Lunatic asylums Madras 1892-1911 - 1892-1911
Year: 1892
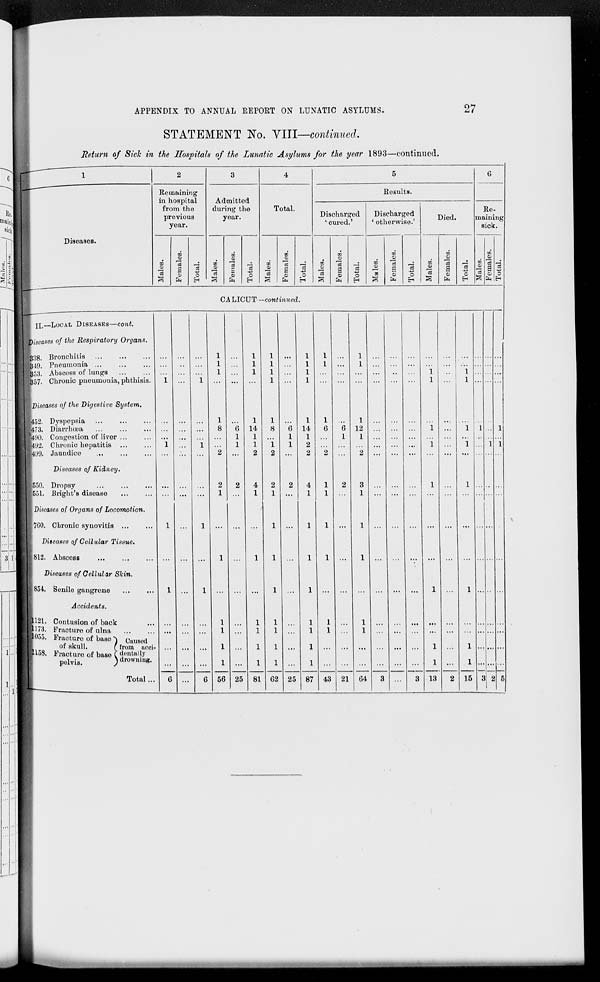
27
APPENDIX TO ANNUAL REPORT ON LUNATIC ASYLUMS.
STATEMENT No. VIII—continued.
Return of Sick in the Hospitals of the Lunatic Asylums for the year 1893—continued.
1
Diseases.
2
Remaining
in hospital
from the
previous
year.
Males.
Females.
Total.
3
Admitted
during the
year.
Males.
Females.
Total.
4
Total.
Males.
Females.
Total.
5
Results.
Discharged
'cured.'
Males.
Females.
Total.
Discharged
'otherwise.'
Males.
Females.
Total.
Died.
Males.
Females.
Total.
6
Re-
maining
sick.
Males.
Females.
Total.
CALICUT -continued.
II—LOCAL DISEASES—cont.
Diseases of the Respiratory
Organs.
338. Bronchitis ... ... ...
349. Pneumonia ... ... ...
353. Abscess of lungs
...
...
357. Chronic pneumonia, phthisis.
Diseases of the Digestive System.
452. Dyspepsia ... ... ...
473. Diarrhœa ... ... ...
490. Congestion of liver ... ...
492. Chronic hepatitis ... ...
499. Jaundice
...
...
...
Diseases of Kidney.
550. Dropsy ... ... ...
551. Bright's disease ... ...
Diseases of Organs of Locomotion.
760. Chronic synovitis ... ...
Diseases of Cellular Tissue.
812. Abscess ... ... ...
Diseases of Cellular
Skin.
854. Senile gangrene ... ...
Accidents.
1121. Contusion of back ...
1173. Fracture of ulna
...
...
1055. Fracture of base
of skull.
1158. Fracture of base
pelvis.
Caused
from acci-
dentally
drowning.
Total ...
...
...
...
1
...
...
...
1
...
...
...
1
...
1
...
...
...
...
6
...
...
...
...
...
...
...
...
...
...
...
...
...
...
...
...
...
...
...
...
...
...
1
...
...
...
1
...
...
...
1
...
1
...
...
...
...
6
1
1
1
...
1
8
...
...
2
2
1
...
1
...
1
1
1
1
56
...
...
...
...
...
6
1
1
...
2
...
...
...
...
...
...
...
...
25
1
1
1
...
1
14
1
1
2
4
1
...
1
...
1
1
1
1
81
1
1
1
1
1
8
...
1
2
2
1
1
1
1
1
1
1
1
62
...
...
...
...
...
6
1
1
...
2
...
...
...
...
...
...
...
...
25
1
1
1
1
1
14
1
2
2
4
1
1
1
1
1
1
1
1
87
1
1
...
...
1
6
...
...
2
1
1
1
1
...
1
1
...
...
43
...
...
...
...
...
6
1
...
...
2
...
...
...
...
...
...
...
...
21
1
1
...
...
1
12
1
...
2
3
1
1
1
...
1
1
...
...
64
...
...
...
...
...
...
...
...
...
...
...
...
...
...
...
...
...
...
3
...
...
...
...
...
...
...
...
...
...
...
...
...
...
...
...
...
...
...
...
...
...
...
...
...
...
...
...
...
...
...
...
...
...
...
...
...
3
...
...
1
1
...
1
...
1
...
1
...
...
...
1
...
...
1
1
13
...
...
...
...
...
...
...
...
...
...
...
...
...
...
...
...
...
2
...
...
1
1
...
1
...
1
...
1
...
...
...
1
...
...
1
1
15
...
...
...
...
...
1
...
...
...
...
...
...
...
...
...
...
...
...
3
...
...
...
...
...
...
...
1
...
...
...
...
...
...
...
...
...
...
2
...
...
...
...
...
1
...
1
...
...
...
...
...
...
...
...
...
...
5